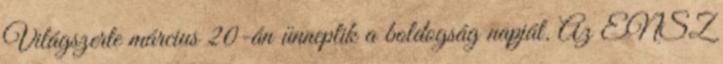
Világszerte március 20-án ünneplik a boldogság napját. Az ENSZ